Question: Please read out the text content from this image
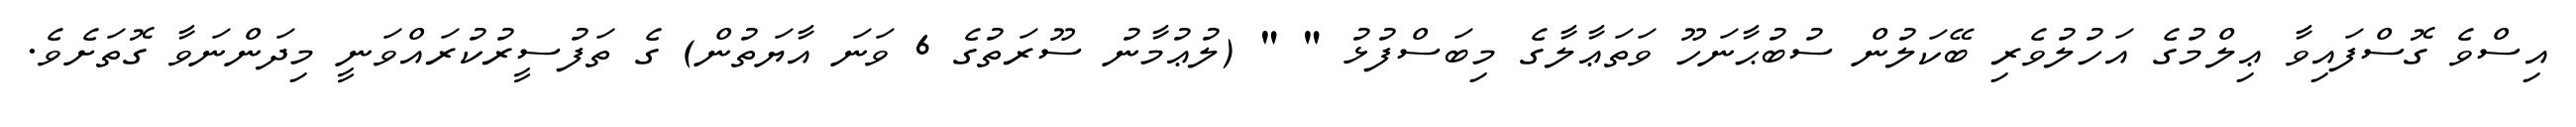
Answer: އިސްވެ ގޮސްފައިވާ ޢިލްމުގެ އަހުލުވެރި ބޭކަލުން ސުބުޙާނަހޫ ވަތަޢާލާގެ މިބަސްފުޅު " " (ލުޢުމާނު ސޫރަތުގެ 6 ވަނަ އާޔަތުން) ގެ ތަފުސީރުކުރައްވަނީ މިދަންނަވާ ގޮތަށެވެ.